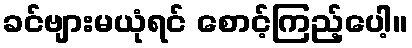
ခင်ဗျားမယုံရင် စောင့်ကြည့်ပေါ့။